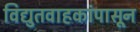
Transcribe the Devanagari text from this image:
विद्युतवाहकांपासून